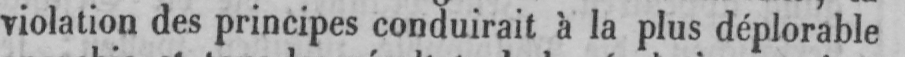
violation des principes conduirait à la plus déplorable